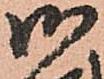
御